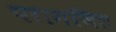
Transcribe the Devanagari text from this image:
परागणित